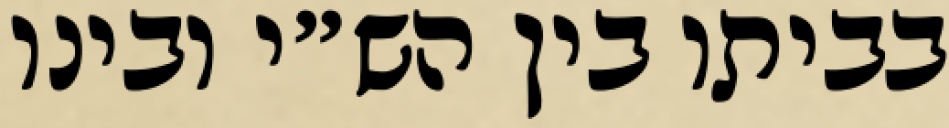
בביתו בין הש״י ובינו